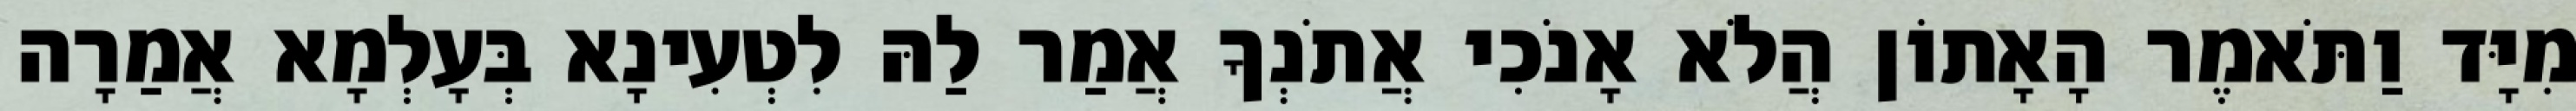
מִיָּד וַתֹּאמֶר הָאָתוֹן הֲלֹא אָנֹכִי אֲתֹנְךָ אֲמַר לַהּ לִטְעִינָא בְּעָלְמָא אֲמַרָה